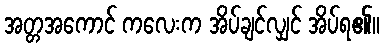
အတ္တအကောင် ကလေးက အိပ်ချင်လျှင် အိပ်ရ၏။